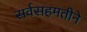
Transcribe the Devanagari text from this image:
सर्वसहमतीने